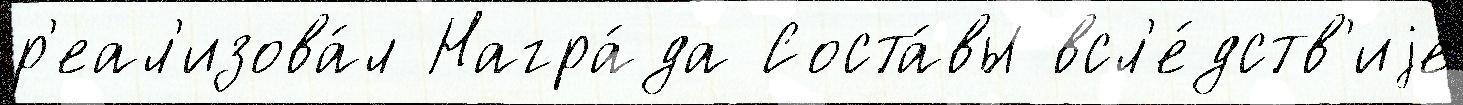
р'еал'изова́л Награ́да Соста́вы всл'е́дств'иjе